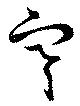
寒